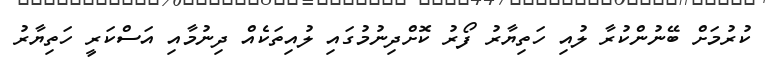
ކުރުމަށް ބޭނުންކުރާ ލުއި ހަތިޔާރު ފޯރު ކޮށްދިނުމުގައި ލުއިތަކެއް ދިނުމާއި އަސްކަރީ ހަތިޔާރު